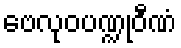
ဗေလုဝပဏ္ဍုဝီဏံ